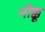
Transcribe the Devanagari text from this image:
नोक्कू